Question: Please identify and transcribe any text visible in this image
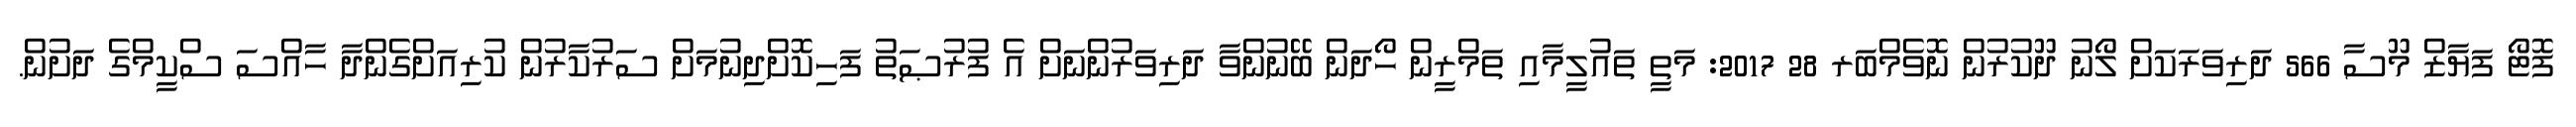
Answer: ފޮޓޯ ފަޔާޒް މޫސާ 566 ދަރިވަރަކަށް ލޯނު ދޫކުރުން ނޮވެމްބަރ 28 2017: މަތީ ތައުލީމާއި ތަމްރީން ހޯދަން ބޭނުންވާ ދަރިވަރުންނަށް އެ ފުރުޞަތު ފަހިކޮށްދިނުމަށް ސަރުކާރުން ކުރިއަށްގެންދާ ހާއްސަ ސްކީމްގެ ދަށުން.